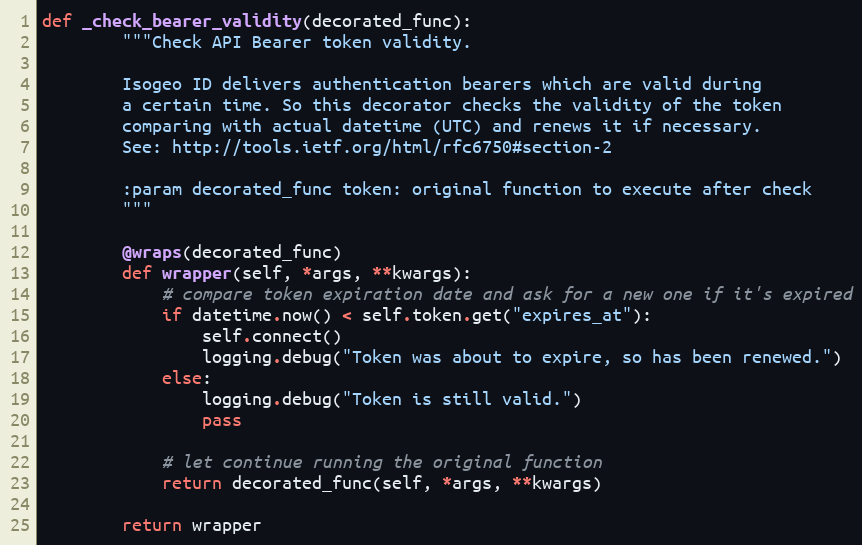
Language: Python
def _check_bearer_validity(decorated_func):
        """Check API Bearer token validity.

        Isogeo ID delivers authentication bearers which are valid during
        a certain time. So this decorator checks the validity of the token
        comparing with actual datetime (UTC) and renews it if necessary.
        See: http://tools.ietf.org/html/rfc6750#section-2

        :param decorated_func token: original function to execute after check
        """

        @wraps(decorated_func)
        def wrapper(self, *args, **kwargs):
            # compare token expiration date and ask for a new one if it's expired
            if datetime.now() < self.token.get("expires_at"):
                self.connect()
                logging.debug("Token was about to expire, so has been renewed.")
            else:
                logging.debug("Token is still valid.")
                pass

            # let continue running the original function
            return decorated_func(self, *args, **kwargs)

        return wrapper